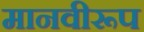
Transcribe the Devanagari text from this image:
मानवीरूप